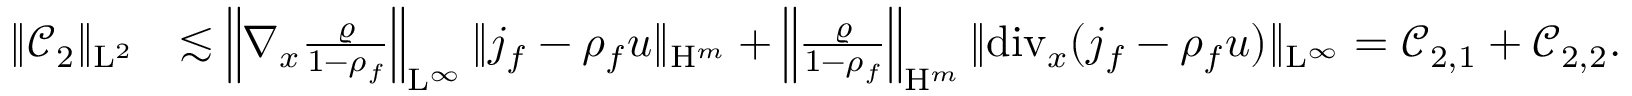
\begin{array} { r l } { \Vert \mathcal { C } _ { 2 } \Vert _ { \mathrm { L } ^ { 2 } } } & { \lesssim \left\Vert \nabla _ { x } \frac { \varrho } { 1 - \rho _ { f } } \right\Vert _ { \mathrm { L } ^ { \infty } } \Vert j _ { f } - \rho _ { f } u \Vert _ { \mathrm { H } ^ { m } } + \left\Vert \frac { \varrho } { 1 - \rho _ { f } } \right\Vert _ { \mathrm { H } ^ { m } } \Vert \mathrm { d i v } _ { x } ( j _ { f } - \rho _ { f } u ) \Vert _ { \mathrm { L } ^ { \infty } } = \mathcal { C } _ { 2 , 1 } + \mathcal { C } _ { 2 , 2 } . } \end{array}